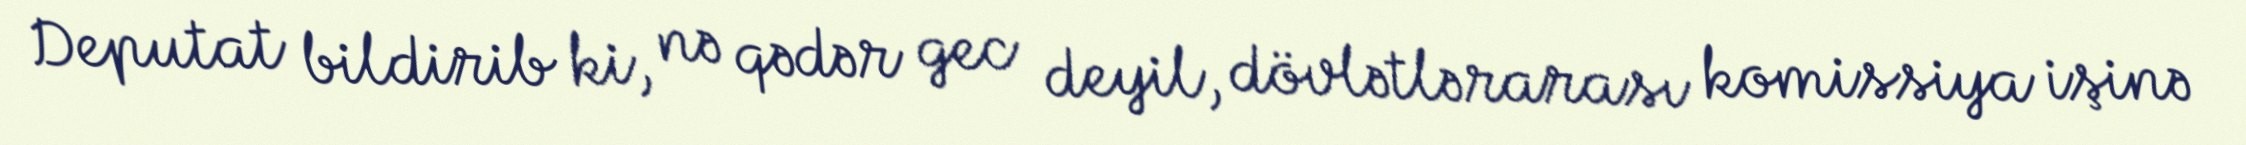
Deputat bildirib ki, nə qədər gec deyil, dövlətlərarası komissiya işinə